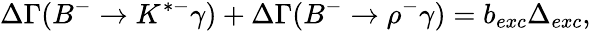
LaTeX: \Delta\Gamma(B^{-}\to K^{*-}\gamma)+\Delta\Gamma(B^{-}\to\rho^{-}\gamma)=b_{exc}\Delta_{exc},